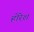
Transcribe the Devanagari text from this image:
होरेश